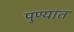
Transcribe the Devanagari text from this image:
पुण्यांत